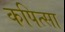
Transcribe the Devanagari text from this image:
कपित्सा